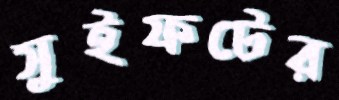
সুইফটের